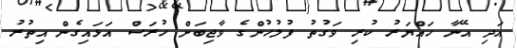
އަދި އޭނާ ހައްޔަރު ކުރި ވަގުތު ފުލުހުންގެ ވާޖިބަށް ހުރަސް އަޅައިގެން އިތުރު